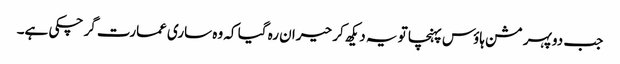
جب دوپہر مشن ہاؤس پہنچا تو یہ دیکھ کر حیران رہ گیا کہ وہ ساری عمارت گر چکی ہے۔